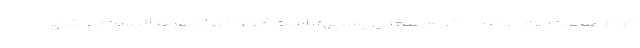
کرد؛ صحبت‌هایی که حاکی از سختی بسیاری است که دختران فوتبالیست بوشهر